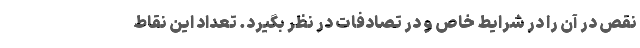
نقص در آن را در شرایط خاص و در تصادفات در نظر بگیرد. تعداد این نقاط